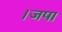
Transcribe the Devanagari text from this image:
।जपा